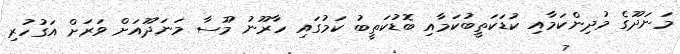
މަނަދޫގެ މުދިންކަމާއި ކުޑަކަތީބުކަމާއި ބޮޑުކަތީބު ކަމުގައި ހާރޫނު މޫސާ މަނަދޫއަށް ވަރަށް އަގުހުރި